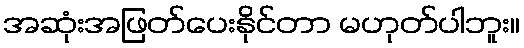
အဆုံးအဖြတ်ပေးနိုင်တာ မဟုတ်ပါဘူး။